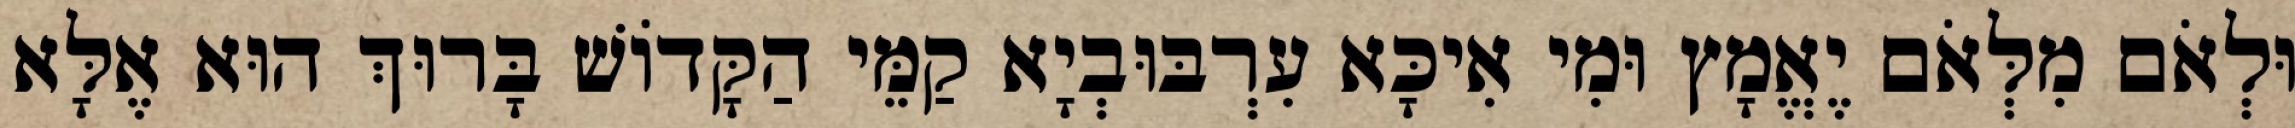
וּלְאֹם מִלְּאֹם יֶאֱמָץ וּמִי אִיכָּא עִרְבּוּבְיָא קַמֵּי הַקָּדוֹשׁ בָּרוּךְ הוּא אֶלָּא